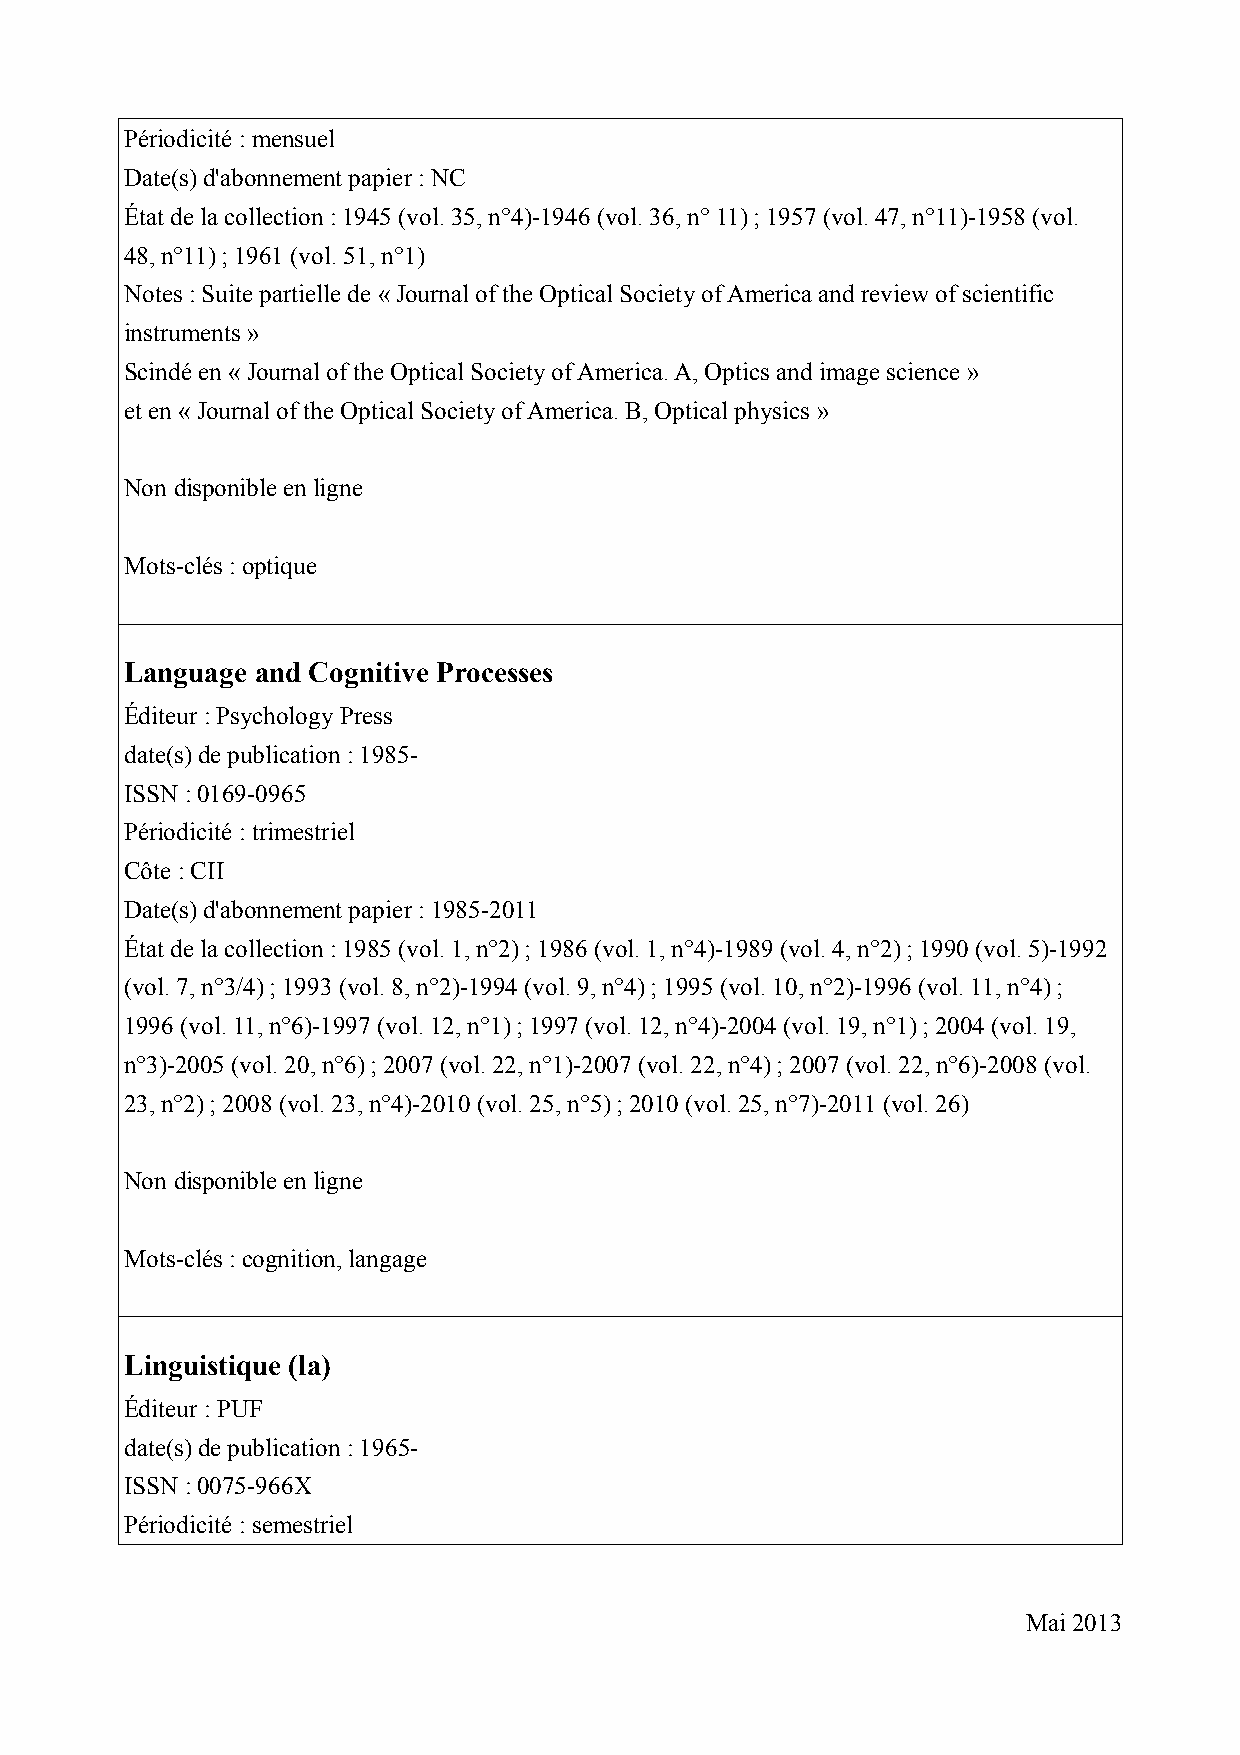
Périodicité : mensuel
 Date(s) d'abonnement papier : NC
 État de la collection : 1945 (vol. 35, n°4)-1946 (vol. 36, n° 11) ; 1957 (vol. 47, n°11)-1958 (vol.
 48, n°11) ; 1961 (vol. 51, n°1)
 Notes : Suite partielle de « Journal of the Optical Society of America and review of scientific
 instruments »
 Scindé en « Journal of the Optical Society of America. A, Optics and image science »
 et en « Journal of the Optical Society of America. B, Optical physics »
 Non disponible en ligne
 Mots-clés : optique
 Language and Cognitive Processes
 Éditeur : Psychology Press
 date(s) de publication : 1985-
 ISSN : 0169-0965
 Périodicité : trimestriel
 Côte : CII
 Date(s) d'abonnement papier : 1985-2011
 État de la collection : 1985 (vol. 1, n°2) ; 1986 (vol. 1, n°4)-1989 (vol. 4, n°2) ; 1990 (vol. 5)-1992
 (vol. 7, n°3/4) ; 1993 (vol. 8, n°2)-1994 (vol. 9, n°4) ; 1995 (vol. 10, n°2)-1996 (vol. 11, n°4) ;
 1996 (vol. 11, n°6)-1997 (vol. 12, n°1) ; 1997 (vol. 12, n°4)-2004 (vol. 19, n°1) ; 2004 (vol. 19,
 n°3)-2005 (vol. 20, n°6) ; 2007 (vol. 22, n°1)-2007 (vol. 22, n°4) ; 2007 (vol. 22, n°6)-2008 (vol.
 23, n°2) ; 2008 (vol. 23, n°4)-2010 (vol. 25, n°5) ; 2010 (vol. 25, n°7)-2011 (vol. 26)
 Non disponible en ligne
 Mots-clés : cognition, langage
 Linguistique (la)
 Éditeur : PUF
 date(s) de publication : 1965-
 ISSN : 0075-966X
 Périodicité : semestriel
 Mai 2013